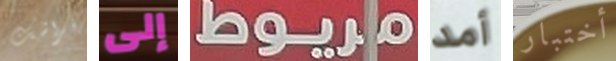
فراشك إلى مريوط أمد أختبار